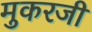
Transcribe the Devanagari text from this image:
मुकरजी